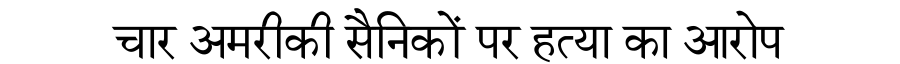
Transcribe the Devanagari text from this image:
चार अमरीकी सैनिकों पर हत्या का आरोप